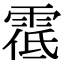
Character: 𩃐